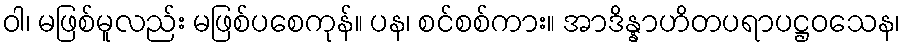
ဝါ၊ မဖြစ်မူလည်း မဖြစ်ပစေကုန်။ ပန၊ စင်စစ်ကား။ အာဒိန္နာဟိတပရာပဋ္ဌဝသေန၊